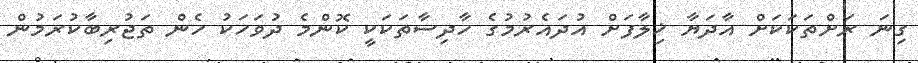
ގިނަ ރަށްތަކަކަށް އާދަޔާ ޚިލާފަށް އުދައެރުމުގެ ހާދިސާތަކަކީ ކޮންމެ ދުވަހަކު ހެން ތަޖުރިބާކުރަމުން